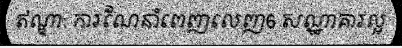
ឥណ្ឌា: ការណែនាំពេញលេញ6 សណ្ឋាគារល្អ